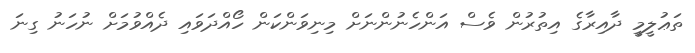
ތަޢުލީމީ ދާއިރާގެ އިތުރުން ވެސް އަންހެނުންނަށް މިނިވަންކަން ހޯއްދަވައި ދެއްވުމަށް ނުހަނު ގިނަ